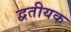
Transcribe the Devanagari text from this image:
द्वतीयक